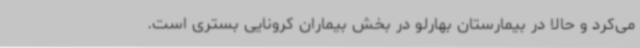
می‌کرد و حالا در بیمارستان بهارلو در بخش بیماران کرونایی بستری است.